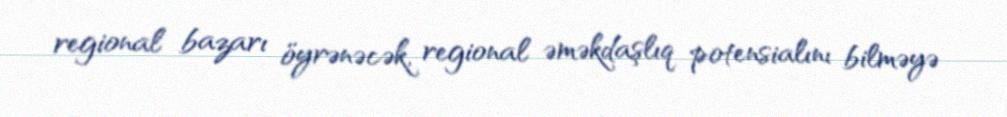
regional bazarı öyrənəcək, regional əməkdaşlıq potensialını bilməyə